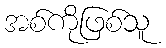
အစ်ကိုဖြစ်သူ